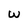
Character: W